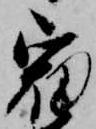
宿